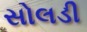
સોલડી